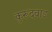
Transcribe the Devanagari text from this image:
कुरूंदवाड